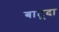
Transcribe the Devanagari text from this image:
बाटूदा